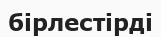
бірлестірді